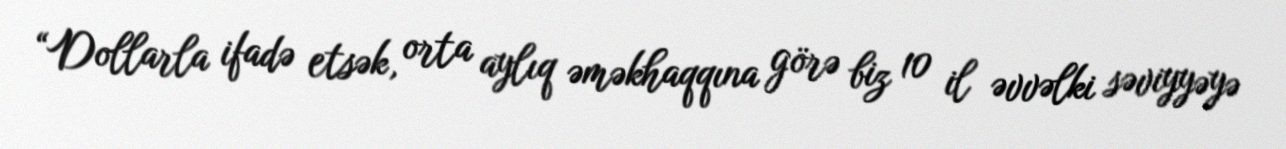
“Dollarla ifadə etsək, orta aylıq əməkhaqqına görə biz 10 il əvvəlki səviyyəyə